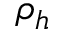
\rho _ { h }